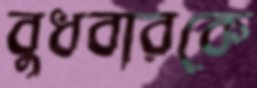
বুধবারকে